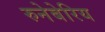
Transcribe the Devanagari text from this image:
रुनेबेरिय